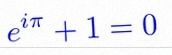
e^{i\pi}+1=0